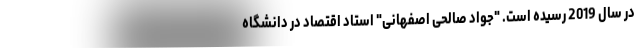
در سال 2019 رسیده است. "جواد صالحی اصفهانی" استاد اقتصاد در دانشگاه